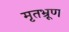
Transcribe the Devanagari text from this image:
मृतभ्रूण